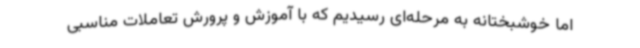
اما خوشبختانه به مرحله‌ای رسیدیم که با آموزش و پرورش تعاملات مناسبی